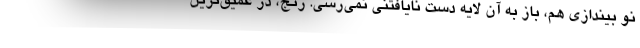
نو بيندازي هم، باز به آن لايه دست نايافتني نمي‌رسي. رنج، در عميق‌ترين